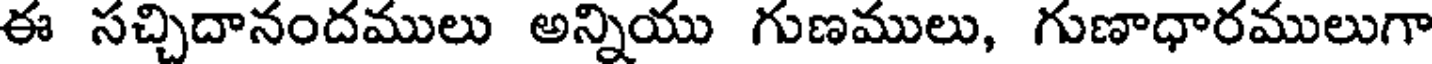
ఈ సచ్చిదానందములు అన్నియు గుణములు, గుణాధారములుగా